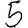
Digit: 5